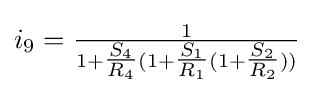
i_{9}={\tfrac {1}{1+{\tfrac {S_{4}}{R_{4}}}(1+{\tfrac {S_{1}}{R_{1}}}(1+{\tfrac {S_{2}}{R_{2}}}))}}